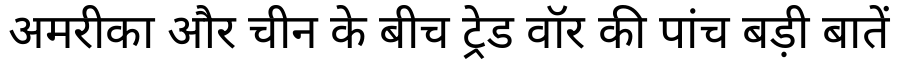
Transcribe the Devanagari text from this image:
अमरीका और चीन के बीच ट्रेड वॉर की पांच बड़ी बातें